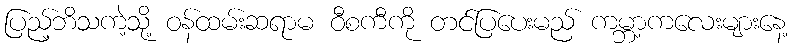
ပြည့်ဘိသကဲ့သို့ ဝန်ထမ်းဆရာမ ဝီစကီကို တင်ပြပေးမည် ကမ္ဘာ့ကလေးများနေ့